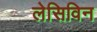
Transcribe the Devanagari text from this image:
लेसिविन